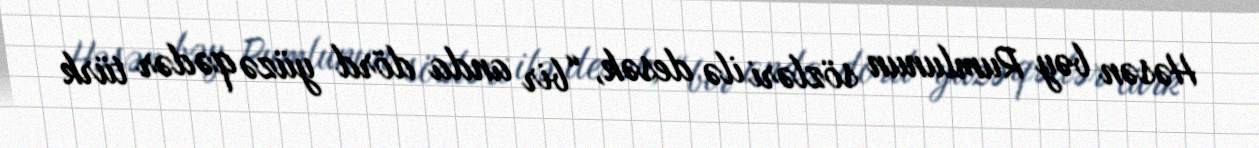
Həsən bəy Rumlunun sözləri ilə desək, “bir anda dörd yüzə qədər türk